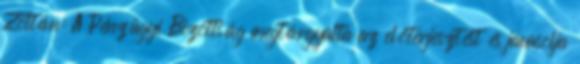
Zoltán: A Pénzügyi Bizottság megtárgyalta az előterjesztést és javasolja